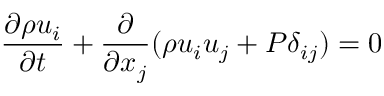
\frac { \partial \rho u _ { i } } { \partial t } + \frac { \partial } { \partial x _ { j } } ( \rho u _ { i } u _ { j } + P \delta _ { i j } ) = 0 \mathrm { ~ }